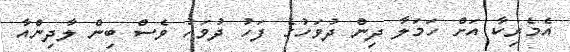
އެމެރިކާ އަށް ހަމަލާ ދިން ދުވަހުގެ ފަހު ދުވަހު ވެސް ބިން ލާދިންއާ